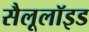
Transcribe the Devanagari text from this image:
सैलूलॉइड